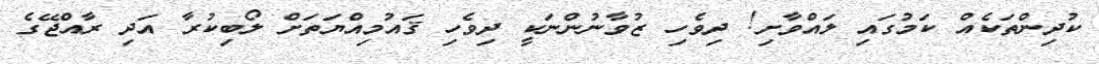
ކުދިންތަކެއް ކަމުގައި ލައްވާށި! ދިވެހި ޒުވާނުންނަކީ ދިވެހި ޤައުމިއްޔަތަށް ލޯބިކުރާ އަދި ރާއްޖޭގެ